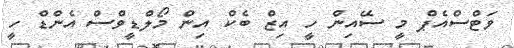
ވަޓްސްއެޕް މީ ސޭއިން ހީ އިޒް ބެކް އިން މޯލްޑީވްސް އެންޑް ހީ